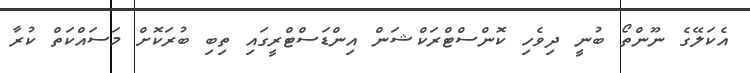
އެކަލޭގެ ނޫންތޯ ބުނީ ދިވެހި ކޮންސްޓްރަކްޝަން އިންޑަސްޓްރީގައި ތިބި ބުރަކޮށް މަސައްކަތް ކުރާ